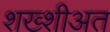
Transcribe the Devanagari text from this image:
शख्शीअत